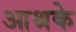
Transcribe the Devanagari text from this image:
आश्रके